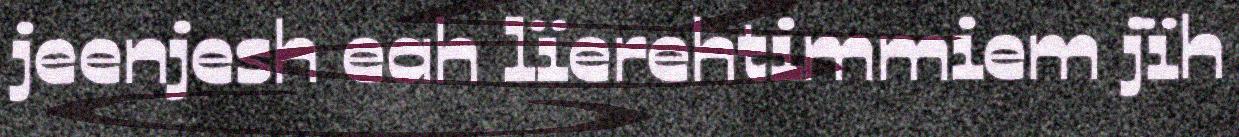
jeenjesh eah lïerehtimmiem jïh